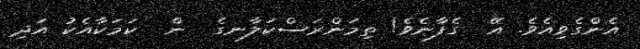
އެންގެވިއެވެ. އޭ  ގެފާނެވެ! ތިމަންރަސްކަލާނގެ  ން  ކަމަކާއެކު އަދި